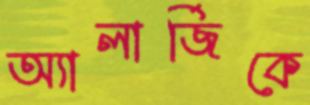
অ্যালার্জিকে